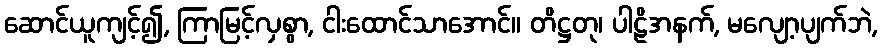
ဆောင်ယူကျင့်၍, ကြာမြင့်လှစွာ, ငါးထောင်သာအောင်။ တိဋ္ဌတု၊ ပါဠိအနက်, မလျော့ပျက်ဘဲ,